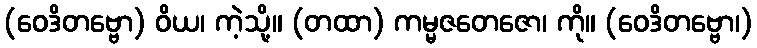
(ဝေဒိတဗ္ဗော) ဝိယ၊ ကဲ့သို့။ (တထာ) ကမ္မဇတေဇော၊ ကို။ (ဝေဒိတဗ္ဗော၊)